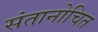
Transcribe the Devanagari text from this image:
संतानोचित